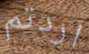
اردتم